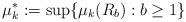
LaTeX: \begin{align*}\mu_k^*:=\sup\{\mu_k(R_b) : b\ge 1\}\end{align*}